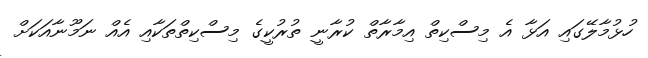
ހުޅުމާލޭގައި އަޅާ އެ މިސްކިތް އިމާރާތް ކުރާނީ ތުރުކީގެ މިސްކިތްތަކާއި އެއް ނަމޫނާއަކަށް